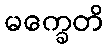
မက္ခေတိ